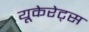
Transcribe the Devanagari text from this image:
यूकेरेट्स